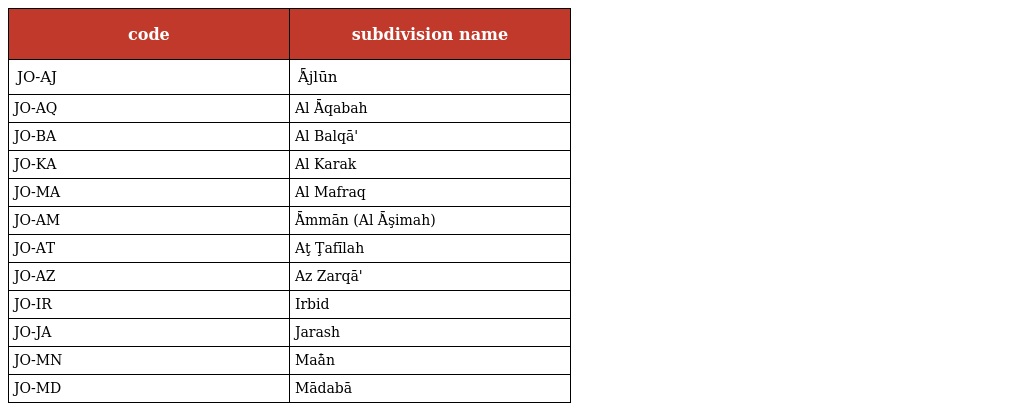
| code | subdivision name |
 | --- | --- |
 | JO-AJ | ٰĀjlūn |
 | JO-AQ | Al ٰĀqabah |
 | JO-BA | Al Balqā' |
 | JO-KA | Al Karak |
 | JO-MA | Al Mafraq |
 | JO-AM | ٰĀmmān (Al ٰĀşimah) |
 | JO-AT | Aţ Ţafīlah |
 | JO-AZ | Az Zarqā' |
 | JO-IR | Irbid |
 | JO-JA | Jarash |
 | JO-MN | Maٰān |
 | JO-MD | Mādabā |